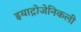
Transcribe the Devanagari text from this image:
इयाट्रोजेनिकली